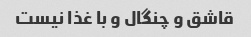
قاشق و چنگال و با غذا نیست